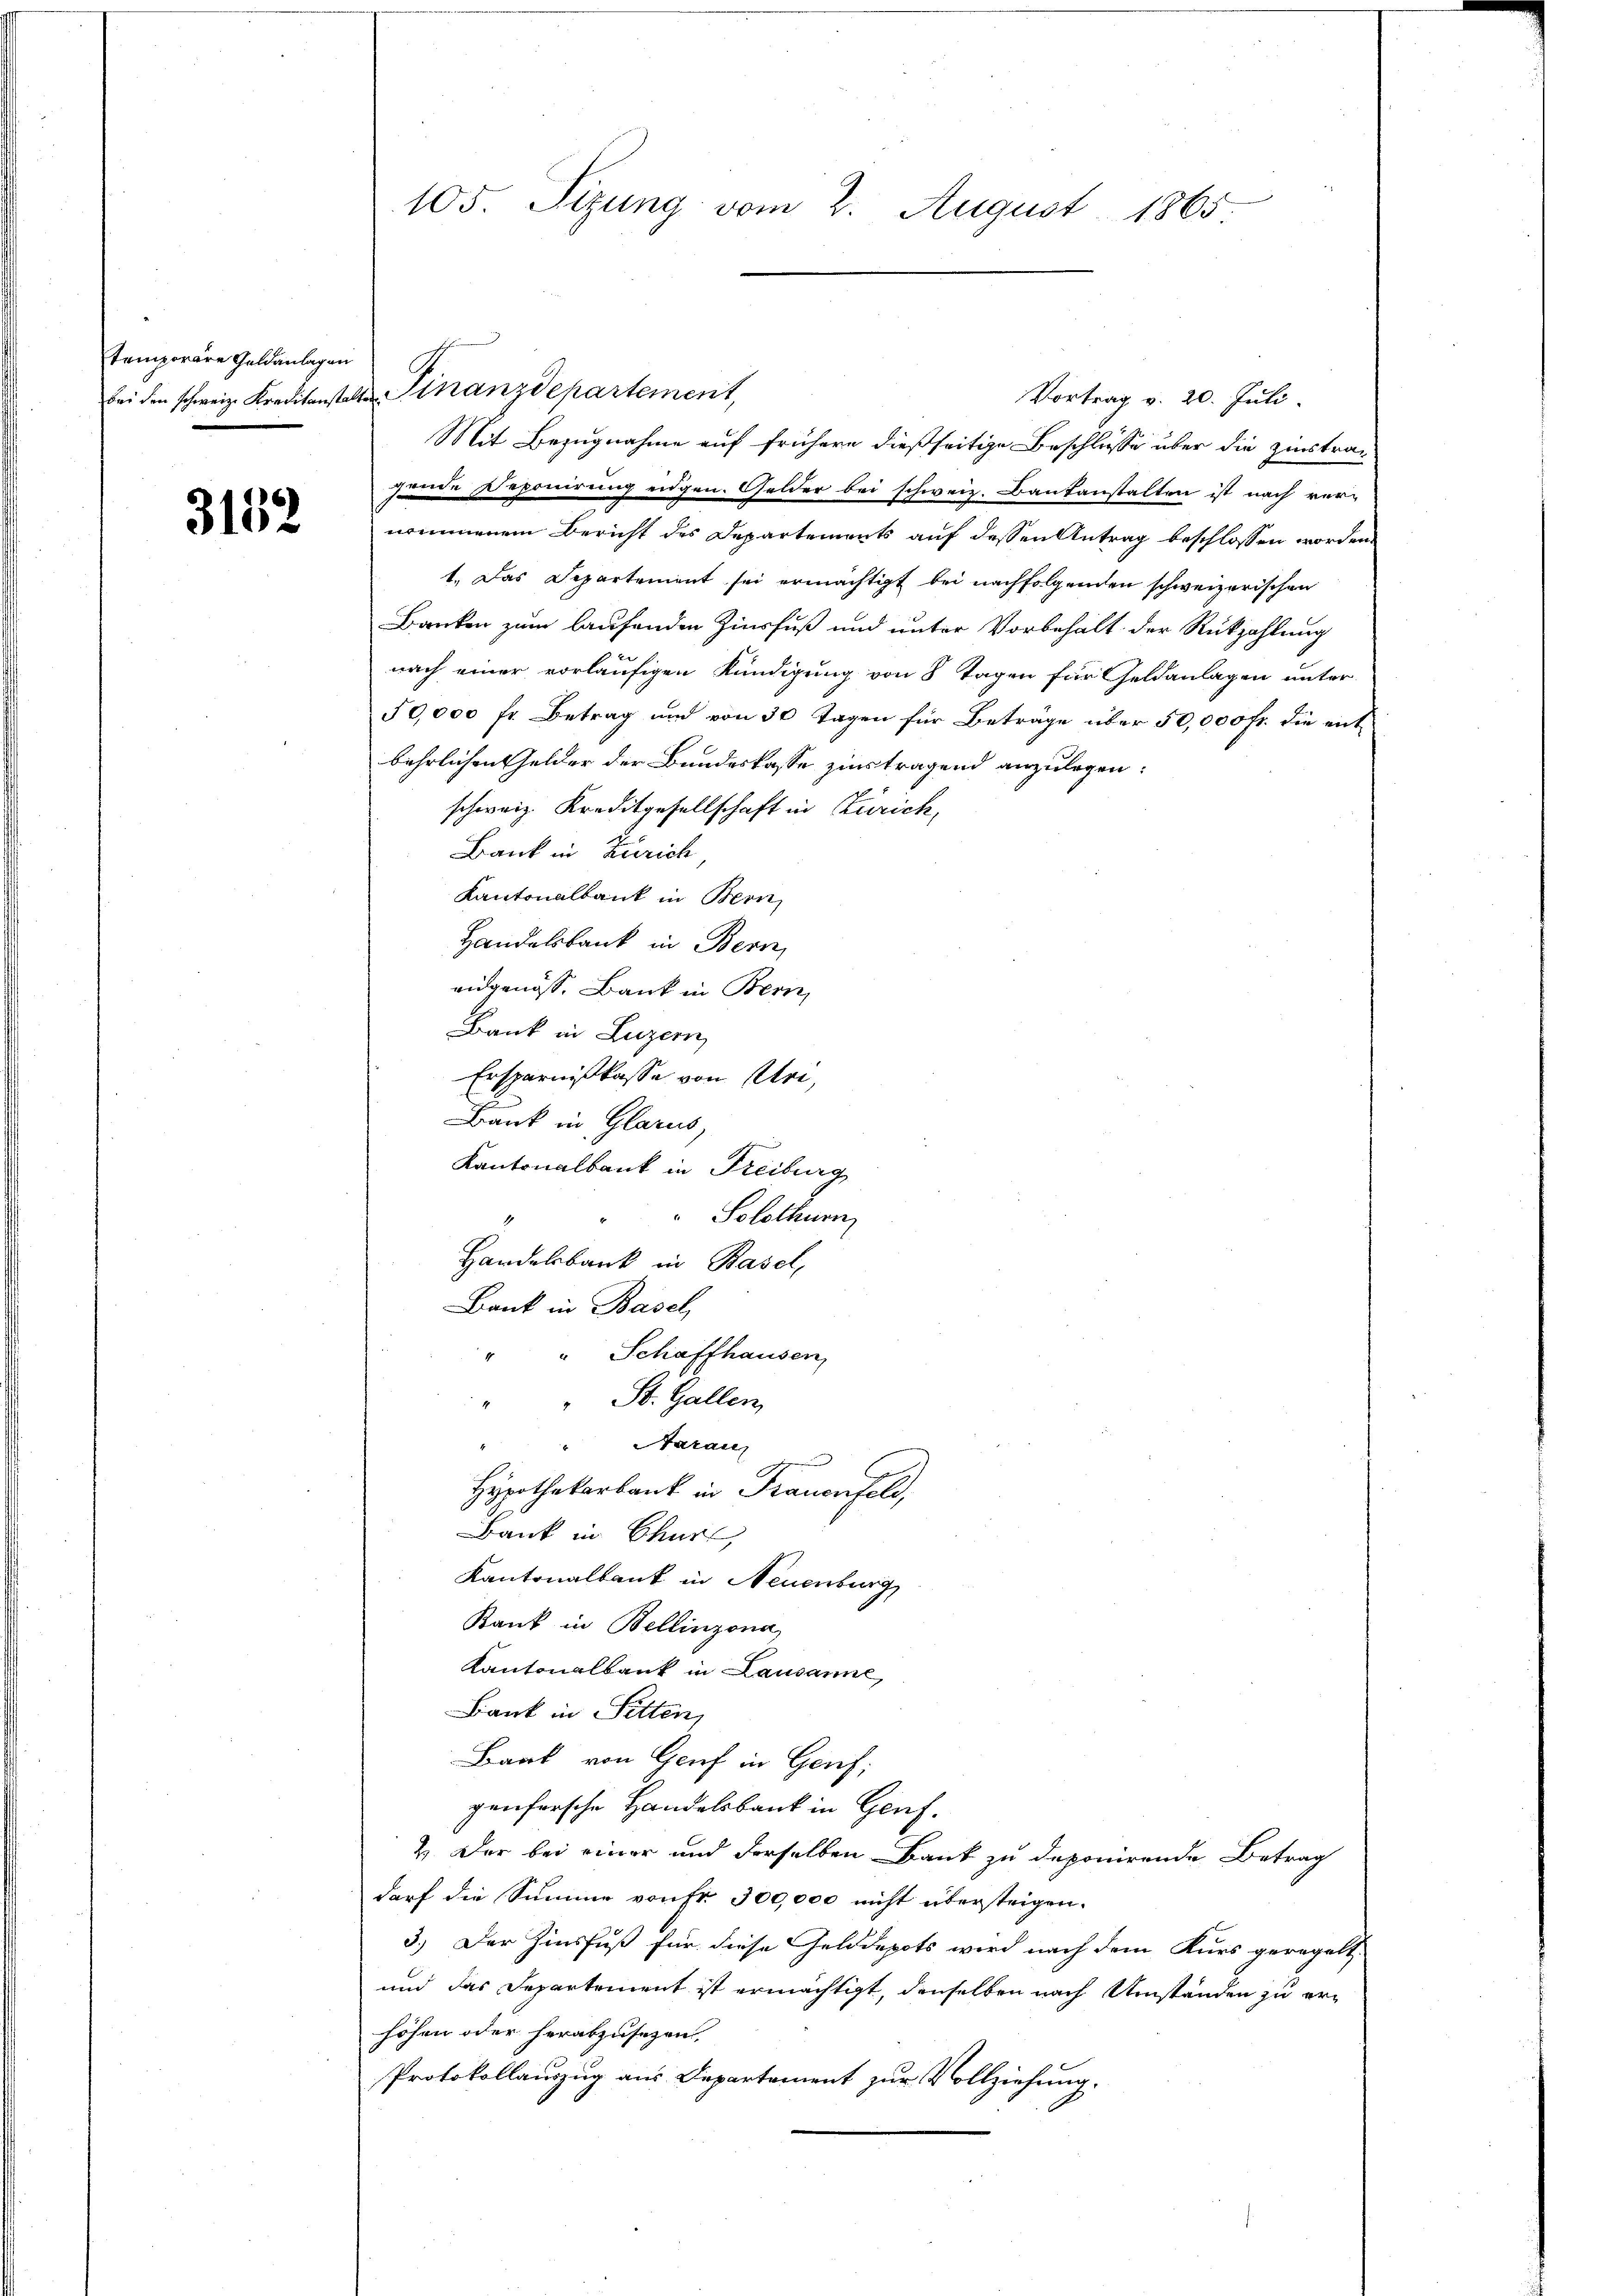
temporäre Geldanlagen

3152

105. Sizung vom 2. August 1865

Mit Bezugnahme auf frühere dießseitige Beschlüsse über die zinstra-
gende Deponirung eidgen. Gelder bei schweiz. Baukanstalten ist nach ver-
nommenem Bericht des Departements auf dessen Antrag beschlossen worden.
t. Das Departement sei ermächtigt bei nachfolgenden schweizerischen
Banken zum laufenden Zinsfuß und unter Vorbehalt der Rückzahlung
nach einer vorläufigen Kündigung von 8 Tagen für Geldanlagen unter
50,000 fr. Betrag und von 30 Tagen für Beträge über 50,000 fr. die entbehrlichen Gelder der Bundeskasse zur tragend anzulegen:
schweiz. Kreditgesellschaft in Zürich,
Bank in Zürich
Kantonalbank in Bern,
Handelsbank in Bern,
eidgenöss. Bank in Bern,
Bank in Luzern
Ersparnißkasse von Uri,
Bank in Glarus,
Kantonalbank in Freiburg
Solothurn
.
Handelsbank in Basel,
Bank in Basel
" Schaffhausen,
" St. Gallen,
"" Naraus
Hypothekarbank in Frauenfeld,
Bank in Chur,
Kantonalbank in Neuenburg
Kank in Bellinzona,
Kantonalbank in Lausanne
Bank in Sitten
Bark von Genf in Genf;
genfersche Handelsbank in Genf.
2. Der bei einer und derselben Bank zu deponirende Betrag
darf die Summe von Fr. 300,000 nicht übersteigen.
3.) Der Zinsfuß für diese Gelddepots wird nach dem Kurs geregelt
und das Departement ist ermächtigt, denselben nach Umständen zu erhöhen oder herabzusezen,
Protokollauszug aus Departement zur Vollziehung.

bei den schweiz. Kreditanstalter Finanzdepartement,

Vortrag v. 20. Juli.